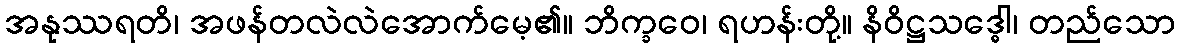
အနုဿရတိ၊ အဖန်တလဲလဲအောက်မေ့၏။ ဘိက္ခဝေ၊ ရဟန်းတို့။ နိဝိဋ္ဌသဒ္ဓေါ၊ တည်သော